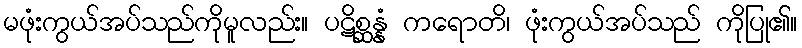
မဖုံးကွယ်အပ်သည်ကိုမူလည်း။ ပဋိစ္ဆန္နံ ကရောတိ၊ ဖုံးကွယ်အပ်သည် ကိုပြု၏။